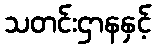
သတင်းဌာနနှင့်